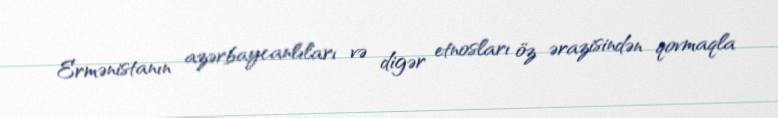
Ermənistanın azərbaycanlıları və digər etnosları öz ərazisindən qovmaqla